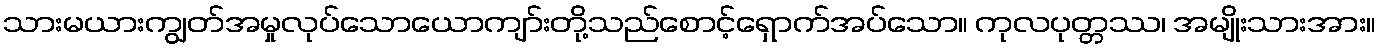
သားမယားကျွတ်အမှုလုပ်သောယောကျာ်းတို့သည်စောင့်ရှောက်အပ်သော။ ကုလပုတ္တဿ၊ အမျိုးသားအား။